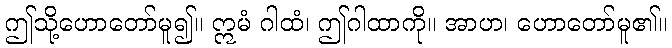
ဤသို့ဟောတော်မူ၍။ ဣမံ ဂါထံ၊ ဤဂါထာကို။ အာဟ၊ ဟောတော်မူ၏။